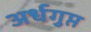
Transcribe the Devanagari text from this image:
अर्धगुप्त